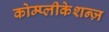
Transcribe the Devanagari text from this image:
कोम्प्लीकेशन्ज़